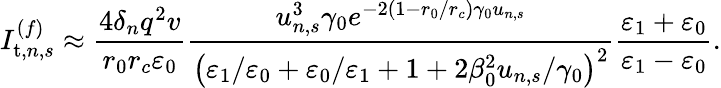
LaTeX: I_{\mathrm{t},n,s}^{(f)}\approx\frac{4\delta_{n}q^{2}v}{r_{0}r_{c}\varepsilon_{0}}\frac{u_{n,s}^{3}\gamma_{0}e^{-2\left(1-r_{0}/r_{c}\right)\gamma_{0}u_{n,s}}}{\left(\varepsilon_{1}/\varepsilon_{0}+\varepsilon_{0}/\varepsilon_{1}+1+2\beta_{0}^{2}u_{n,s}/\gamma_{0}\right)^{2}}\frac{\varepsilon_{1}+\varepsilon_{0}}{\varepsilon_{1}-\varepsilon_{0}}.